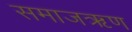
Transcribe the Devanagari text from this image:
समाजऋण